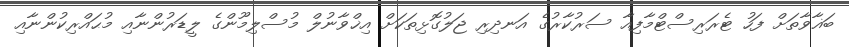
ބަޣާވާތަށް ފަހު ޓެރަރިސްޓްމާފިއާ ސަރުކާރުގެ އަނދިރި ޖަލުގޮޅިތަކަށް އިޚްވާނުލް މުސްލިމޫންގެ ލީޑަރުންނާއި މުޙައްރިކުންނާއި